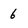
Character: 6